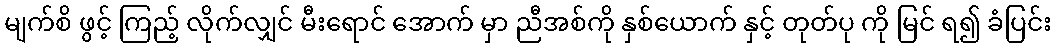
မျက်စိ ဖွင့် ကြည့် လိုက်လျှင် မီးရောင် အောက် မှာ ညီအစ်ကို နှစ်ယောက် နှင့် တုတ်ပု ကို မြင် ရ၍ ခံပြင်း